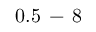
0 . 5 \, - \, 8